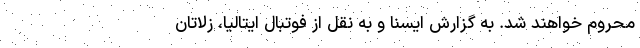
محروم خواهند شد. به گزارش ایسنا و به نقل از فوتبال ایتالیا، زلاتان